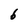
Character: 6